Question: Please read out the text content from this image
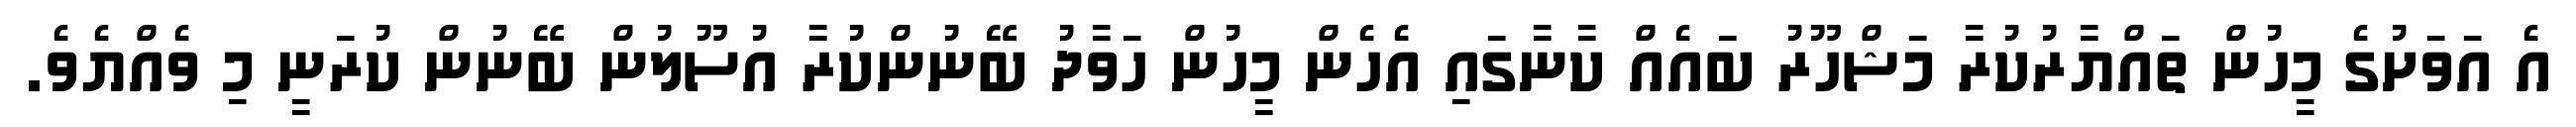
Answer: އެ އަވަށުގެ މީހުން ތައްޔާރުކުރާ މަޝްހޫރު ބައެއް ކާނާގައި އެހެން މީހުން ހަވާދު ބޭނުންކުރާ އުސޫލުން ބޭނުން ކުރަނީ މި ވެއްޔެވެ.